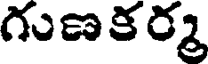
గుణకర్మ